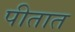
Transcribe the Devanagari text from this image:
पीतात